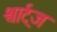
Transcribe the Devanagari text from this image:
श्वार्ट्‌ज